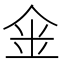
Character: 𠉓